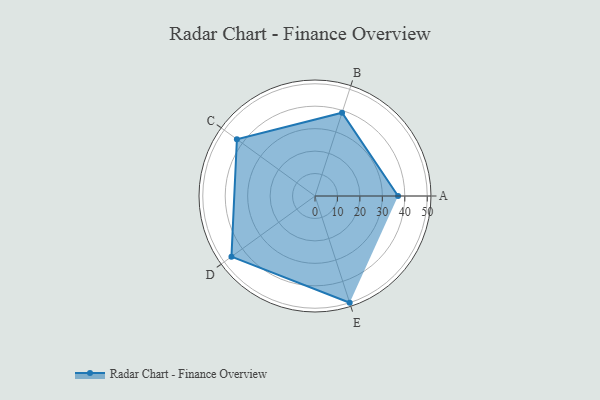
{"axis": {"x": "Skill", "y": "Score"}, "legend": ["Profile"], "data": [{"x": "A", "y": 37.0, "type": "Profile"}, {"x": "B", "y": 39.0, "type": "Profile"}, {"x": "C", "y": 43.0, "type": "Profile"}, {"x": "D", "y": 46.0, "type": "Profile"}, {"x": "E", "y": 50.0, "type": "Profile"}]}